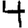
Digit: 4